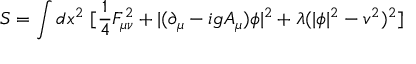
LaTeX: S = \int d x ^ { 2 } ~ [ \frac { 1 } { 4 } F _ { \mu \nu } ^ { 2 } + | ( \partial _ { \mu } - i g A _ { \mu } ) \phi | ^ { 2 } + \lambda ( | \phi | ^ { 2 } - v ^ { 2 } ) ^ { 2 } ]